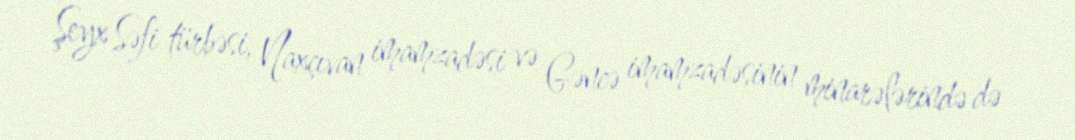
Şeyx Səfi türbəsi, Naxçıvan imamzadəsi və Gəncə imamzadəsinin minarələrində də